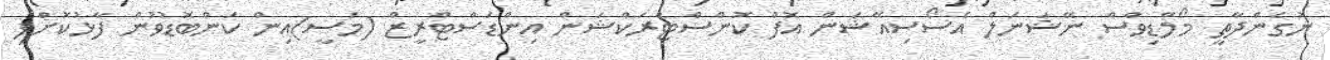
ނުގެންދާތީ މޯލްޑިވްސް ނޭޝަނަލް އެސޯސިއޭޝަން އޮފް ކޮންސްޓްރަކްޝަން އިންޑަސްޓްރީޒް (މަސީ)އިން ކަންބޮޑުވުން ފާޅުކޮށްފި